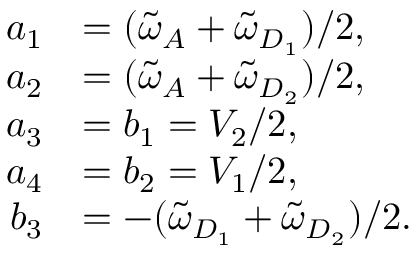
\begin{array} { r l } { a _ { 1 } } & { = ( \tilde { \omega } _ { A } + \tilde { \omega } _ { D _ { 1 } } ) / 2 , } \\ { a _ { 2 } } & { = ( \tilde { \omega } _ { A } + \tilde { \omega } _ { D _ { 2 } } ) / 2 , } \\ { a _ { 3 } } & { = b _ { 1 } = V _ { 2 } / 2 , } \\ { a _ { 4 } } & { = b _ { 2 } = V _ { 1 } / 2 , } \\ { b _ { 3 } } & { = - ( \tilde { \omega } _ { D _ { 1 } } + \tilde { \omega } _ { D _ { 2 } } ) / 2 . } \end{array}